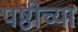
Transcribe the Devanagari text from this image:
पष्ठीच्या